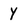
Character: Y